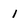
Character: 1